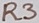
Text: R3